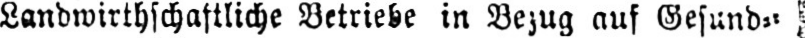
Landwirthschaftliche Betriebe in Bezug auf Gesund⸗